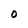
Character: 0